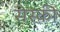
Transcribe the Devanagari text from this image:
सेस्की